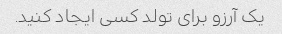
یک آرزو برای تولد کسی ایجاد کنید.